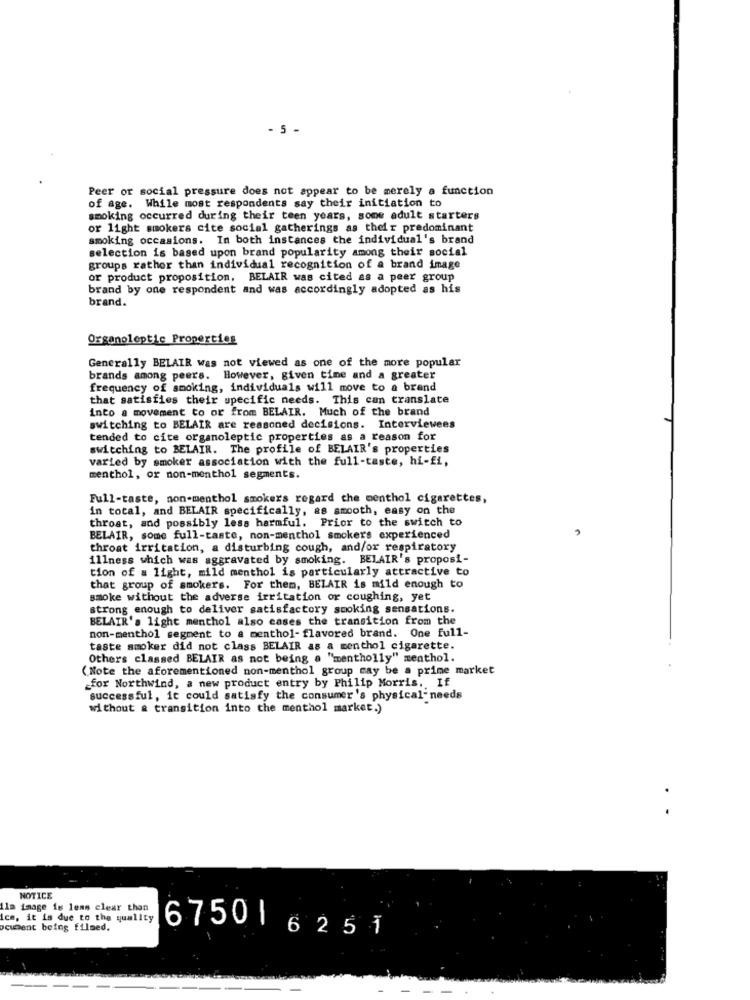
5 -
Peer or social pressure does not appear to be merely a function
of age. While most respondents say their initiation to
smoking occurred during their teen years, some adult starters
or light smokers cite social gatherings as their predominant
smoking occasions. In both instances the individual's brand
selection is based upon brand popularity among their social
groups rather than individual recognition of a brand image
or product proposition. BELAIR was cited as a peer group
brand by one respondent and was accordingly adopted as his
brand.
Organoleptic Properties
Generally BELAIR was not viewed as one of the more popular
brands among peers. However, given time and a greater
frequency of smoking, individuals will move to a brand
that satisfies their specific needs. This can translate
into a movement to or from BELAIR. Much of the brand
switching to BELAIR are reasoned decisions. Interviewees
tended to cite organoleptic properties as a reason for
switching to BELAIR. The profile of BELAIR's properties
varied by smoker association with the full-taste, hi-fi,
menthol, or non-menthol segments.
Full-taste, non-menthol smokers regard che menthol cigarettes,
in total, and BELAIR specifically, as smooth, easy on the
throat, and possibly less harmful. Prior to the switch to
BELAIR, some full-taste, non-menthol smokers experienced
throat irritation, a disturbing cough, and/or respiratory
illness which was aggravated by smoking. BELAIR's proposi-
tion of a light, mild menthol is particularly attractive to
that group of smokers. For them, BELAIR is mild enough to
smoke without the adverse irritation or coughing, yet
strong enough to deliver satisfactory smoking sensations.
BELAIR's light menthol also cases the transition from the
non-menthol segment to a menthol- flavored brand. One full-
taste smoker did not class BELAIR as a menthol cigarette.
Others classed BELAIR as not being a "mentholly" menthol.
(Note the aforementioned non-menthol group may be a prime market
for Northwind, a new product entry by Philip Morris. If
successful, it could satisfy the consumer's physical- needs
without & transition into the menthol market.)
NOTICE
Ilm image is lens clear than
Ice, it is due to the quality
ocument being filmed.
67506251